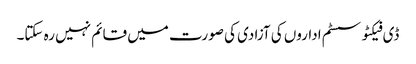
ڈی فیکٹو سسٹم اداروں کی آزادی کی صورت میں قائم نہیں رہ سکتا۔